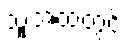
သူ့အထဲတွင်